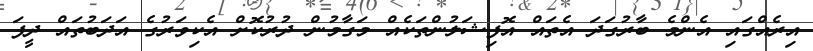
އިރެއްގައި އެންމެ ބާރުގަދަ އެތައް އޮފިޝަލުންތަކެއް މަގާމުން ދުރުކޮށް އެކިވަރުގެ އަދަބުތައް ދީފަ